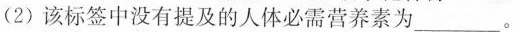
(2)该标签中没有提及的人体必需营养素为